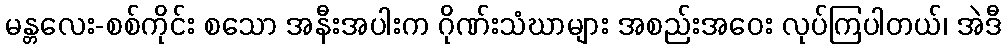
မန္တလေး-စစ်ကိုင်း စသော အနီးအပါးက ဂိုဏ်းသံဃာများ အစည်းအဝေး လုပ်ကြပါတယ်၊ အဲဒီ